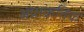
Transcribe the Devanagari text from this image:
अप्राक्रतिक